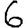
Digit: 6